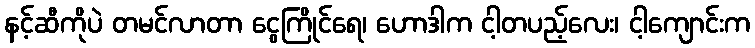
နင့်ဆီကိုပဲ တမင်လာတာ ငွေကြိုင်ရေ၊ ဟောဒါက ငါ့တပည့်လေး၊ ငါ့ကျောင်းက